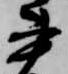
書